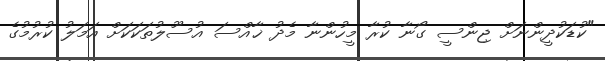
"ކުޑަކުދީންނަށް ޖިންސީ ގޯނާ ކުރާ މީހުންނާ މެދު ޚާއްސަ އުސޫލުތަކަކަށް އަމަލު ކުރުމުގެ